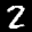
Label: 2